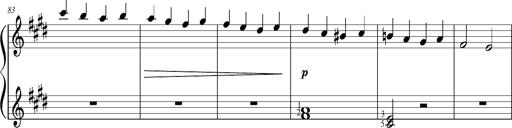
Title: Resignazione, S.187a/b
Composer: Franz Liszt